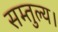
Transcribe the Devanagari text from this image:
सम्तुल्य।